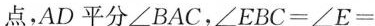
点，AD平分∠BAC，∠EBC=∠E=